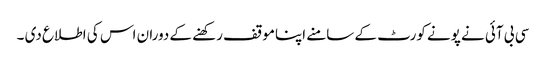
سی بی آئی نے پونے کورٹ کے سامنے اپناموقف رکھنے کے دوران اس کی اطلاع دی ۔